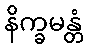
နိက္ခမန္တံ